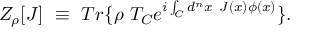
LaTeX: Z _ { \rho } [ J ] \ \equiv \ T r \{ \rho \ T _ { C } e ^ { i \int _ { C } d ^ { n } x \ J ( x ) \phi ( x ) } \} .